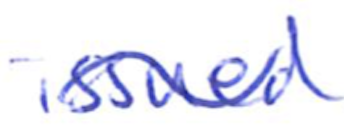
Text: issued
Cross-out: wave
Writing tool: ballpoint